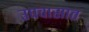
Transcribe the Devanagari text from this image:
उपवासात